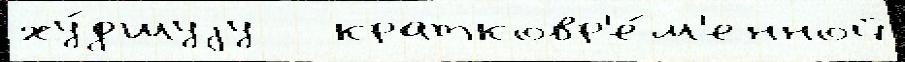
ху́дшуjу   кратковр'е́м'енной